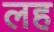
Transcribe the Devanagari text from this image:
लह